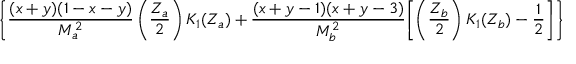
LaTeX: \biggl \{ \frac { ( x + y ) ( 1 - x - y ) } { M _ { a } ^ { 2 } } \left( \frac { Z _ { a } } { 2 } \right) K _ { 1 } ( Z _ { a } ) + \frac { ( x + y - 1 ) ( x + y - 3 ) } { M _ { b } ^ { 2 } } \biggl [ \left( \frac { Z _ { b } } { 2 } \right) K _ { 1 } ( Z _ { b } ) - \frac { 1 } { 2 } \biggr ] \biggr \}